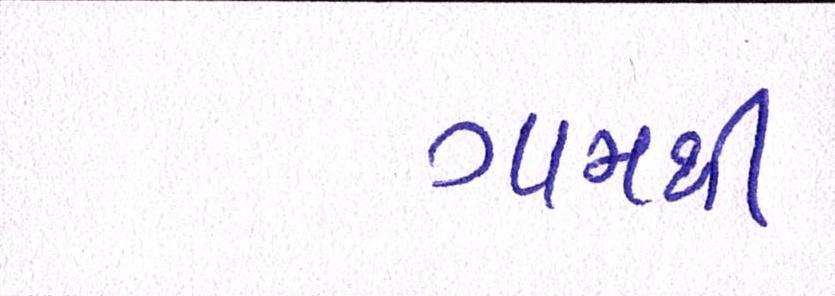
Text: ગામથી